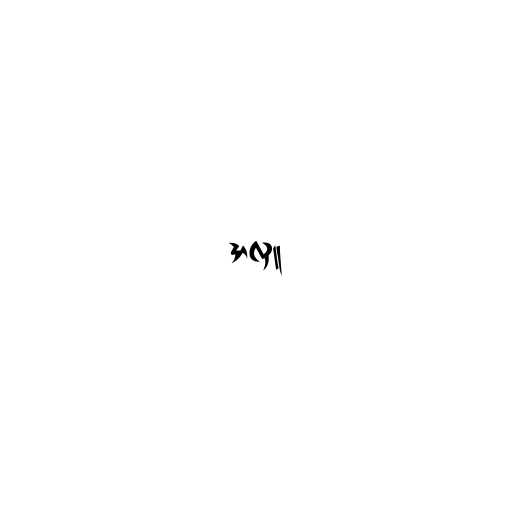
အလှူ